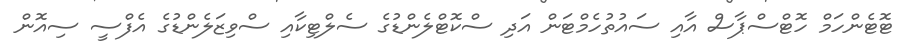
ޓޮޓެންހަމް ހޮޓްސްޕާސް އާއި ސައުތުހެމްޓަން އަދި ސްކޮޓްލެންޑުގެ ސެލްޓިކާއި ސްވިޒަލެންޑުގެ އެފްސީ ސިއޮން